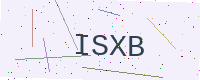
Text: ISXB